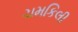
ચમકિલી